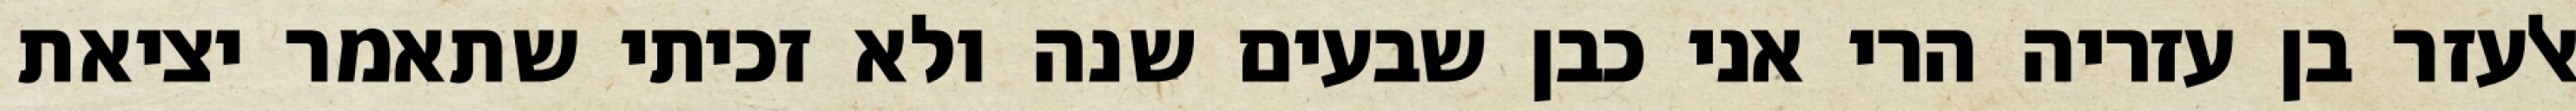
אלעזר בן עזריה הרי אני כבן שבעים שנה ולא זכיתי שתאמר יציאת